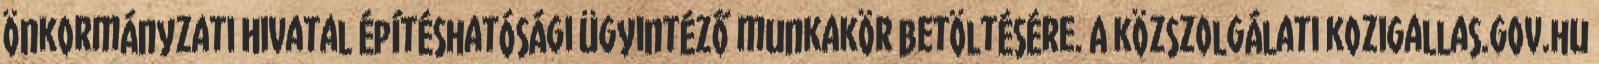
Önkormányzati Hivatal Építéshatósági ügyintéző munkakör betöltésére. A közszolgálati kozigallas.gov.hu